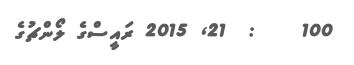
100    :  21